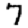
Digit: 7